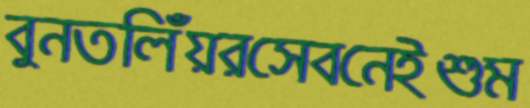
বুনতলিঁয়রসেবনেইশুম